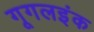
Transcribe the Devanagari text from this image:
गूगलइंक